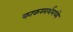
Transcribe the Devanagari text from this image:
काकस्पर्शमध्ये